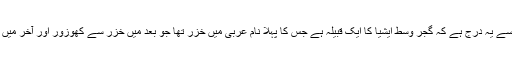
ممبئی گیزٹر کے نئے حصے میں جناب کیمپ ویل کے حوالے سے یہ درج ہے کہ گجر وسط ایشیا کا ایک قبیلہ ہے جس کا پہلا نام عربی میں خزر تھا جو بعد میں خزر سے کھوزور اور آخر میں گوجر ہو گیا، اس طرح گجروں کو عربی قبیلوں میں گنا گیا ہے۔